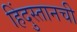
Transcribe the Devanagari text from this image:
हिंदुस्तानची